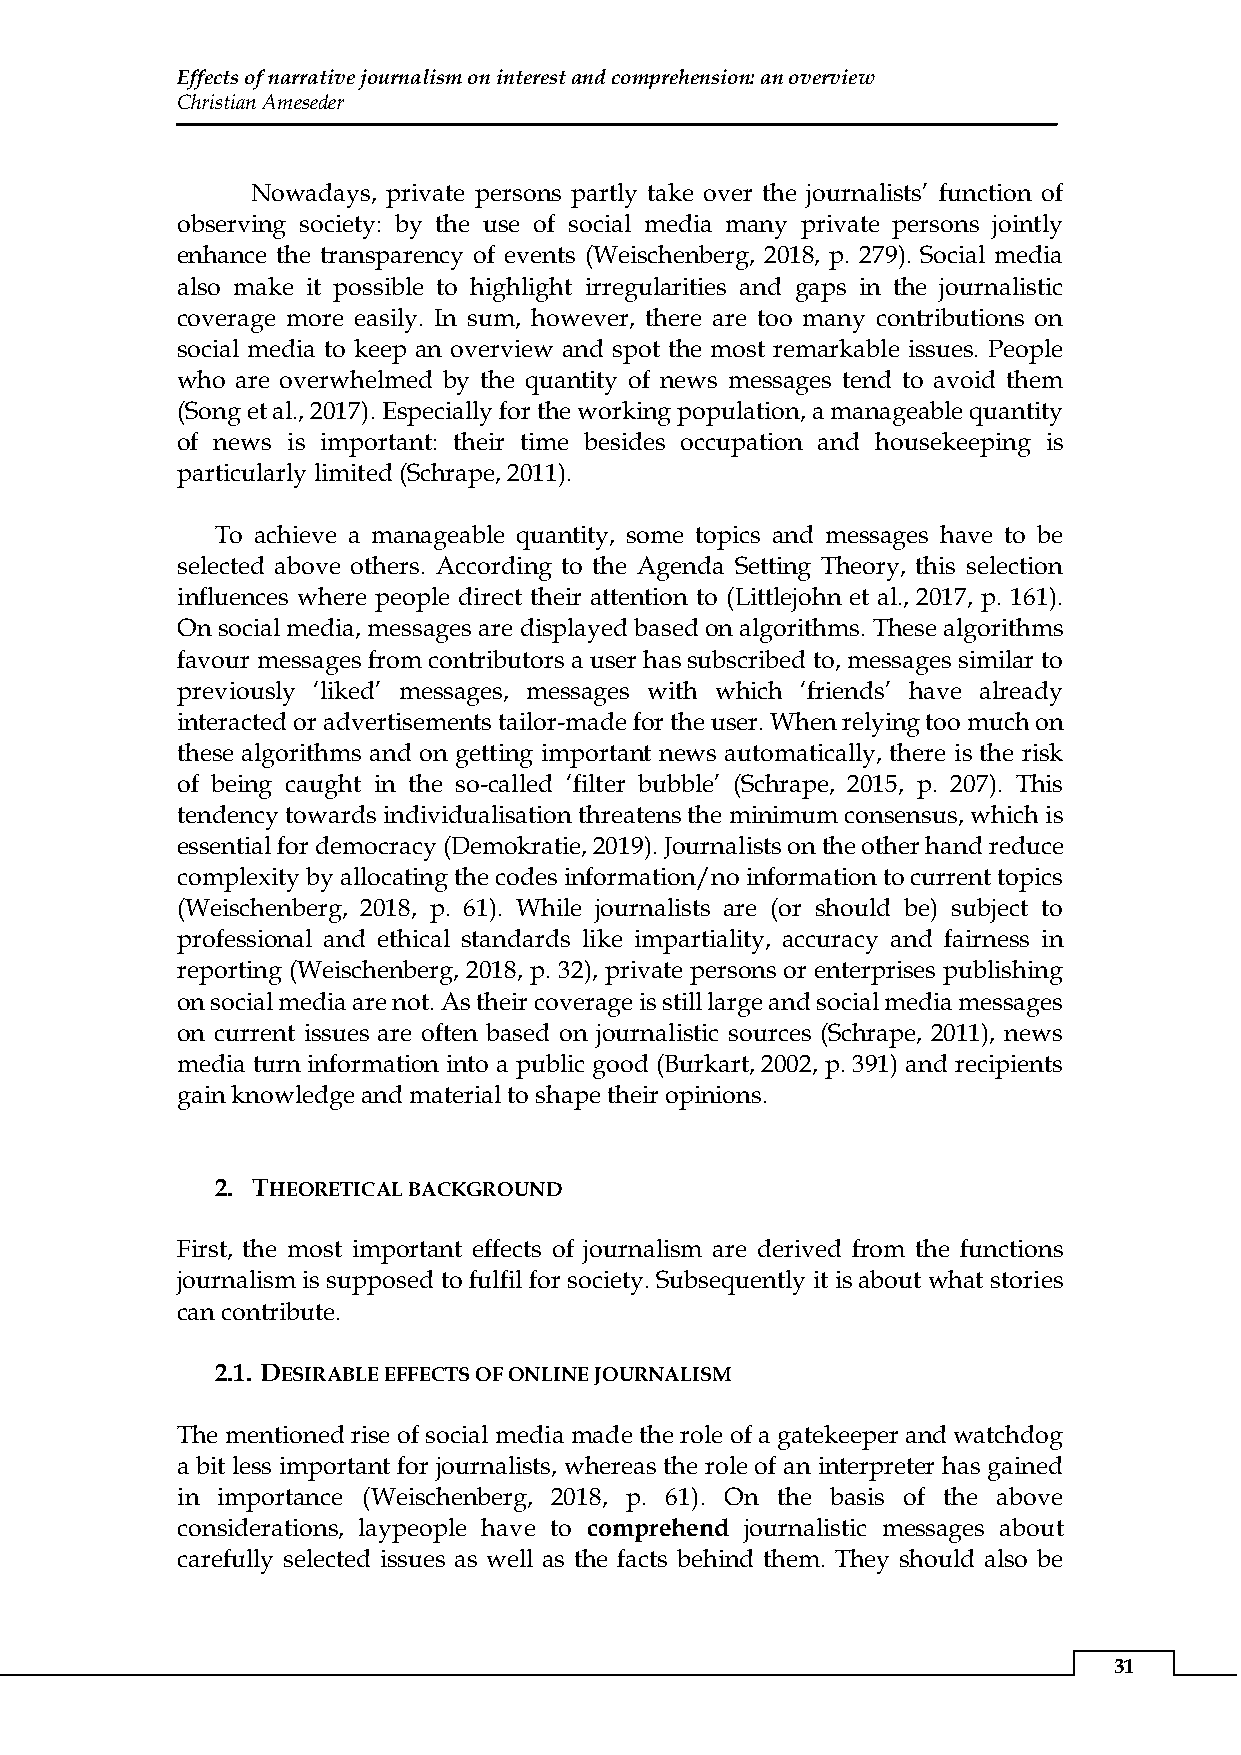
Effects of narrative journalism on interest and comprehension: an overview
 Christian Ameseder
 Nowadays, private persons partly take over the journalists’ function of
 observing society: by the use of social media many private persons jointly
 enhance the transparency of events (Weischenberg, 2018, p. 279). Social media
 also make it possible to highlight irregularities and gaps in the journalistic
 coverage more easily. In sum, however, there are too many contributions on
 social media to keep an overview and spot the most remarkable issues. People
 who are overwhelmed by the quantity of news messages tend to avoid them
 (Song et al., 2017). Especially for the working population, a manageable quantity
 of news is important: their time besides occupation and housekeeping is
 particularly limited (Schrape, 2011).
 To achieve a manageable quantity, some topics and messages have to be
 selected above others. According to the Agenda Setting Theory, this selection
 influences where people direct their attention to (Littlejohn et al., 2017, p. 161).
 On social media, messages are displayed based on algorithms. These algorithms
 favour messages from contributors a user has subscribed to, messages similar to
 previously ‘liked’ messages, messages with which ‘friends’ have already
 interacted or advertisements tailor-made for the user. When relying too much on
 these algorithms and on getting important news automatically, there is the risk
 of being caught in the so-called ‘filter bubble’ (Schrape, 2015, p. 207). This
 tendency towards individualisation threatens the minimum consensus, which is
 essential for democracy (Demokratie, 2019). Journalists on the other hand reduce
 complexity by allocating the codes information/no information to current topics
 (Weischenberg, 2018, p. 61). While journalists are (or should be) subject to
 professional and ethical standards like impartiality, accuracy and fairness in
 reporting (Weischenberg, 2018, p. 32), private persons or enterprises publishing
 on social media are not. As their coverage is still large and social media messages
 on current issues are often based on journalistic sources (Schrape, 2011), news
 media turn information into a public good (Burkart, 2002, p. 391) and recipients
 gain knowledge and material to shape their opinions.
 2. THEORETICAL BACKGROUND
 First, the most important effects of journalism are derived from the functions
 journalism is supposed to fulfil for society. Subsequently it is about what stories
 can contribute.
 2.1. DESIRABLE EFFECTS OF ONLINE JOURNALISM
 The mentioned rise of social media made the role of a gatekeeper and watchdog
 a bit less important for journalists, whereas the role of an interpreter has gained
 in importance (Weischenberg, 2018, p. 61). On the basis of the above
 considerations, laypeople have to comprehend journalistic messages about
 carefully selected issues as well as the facts behind them. They should also be
 31